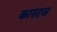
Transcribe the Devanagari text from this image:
कास्टस